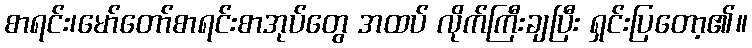
စာရင်း၊မော်တော်စာရင်းစာအုပ်တွေ အထပ် လိုက်ကြီးချပြီး ရှင်းပြတော့၏။